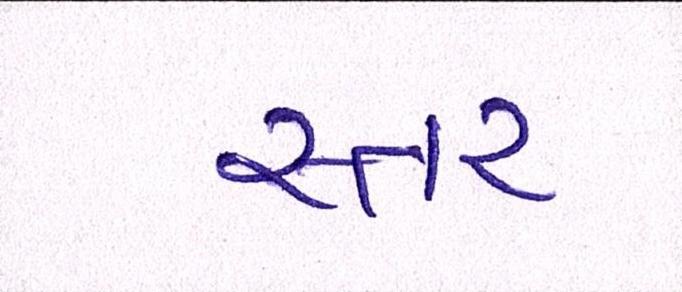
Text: સ્તર